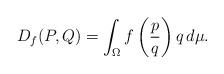
LaTeX: \begin{align*}D_f(P,Q)=\int_{\Omega}f\left(\frac{p}{q}\right)q\,d\mu.\end{align*}